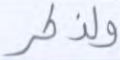
ولذكر